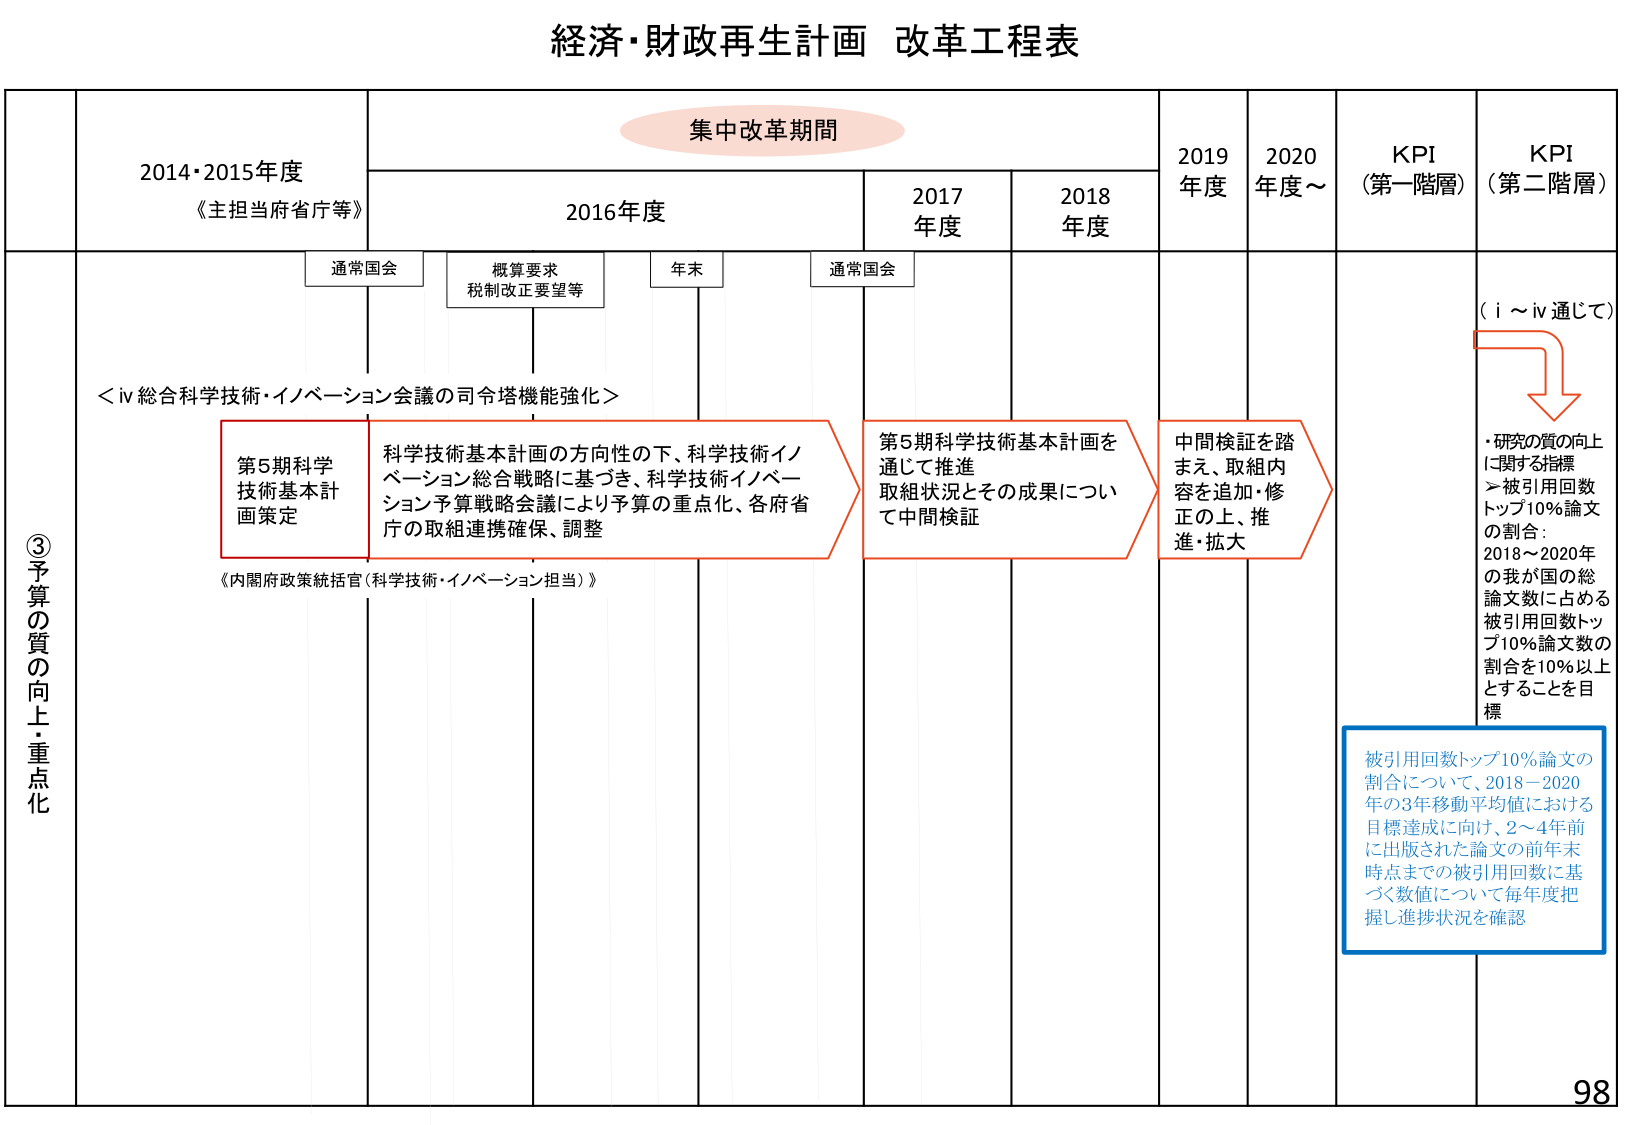
経済・財政再生計画 改革工程表

集中改革期間

2014・2015年度
《主担当府省庁等》

2016年度

2017年度

2018年度

2019年度

2020年度～

KPI
（第一階層）

KPI
（第二階層）

通常国会

概算要求
税制改正要望等

年末

通常国会

③予算の質の向上・重点化

＜iv 総合科学技術・イノベーション会議の司令塔機能強化＞

第5期科学
技術基本計
画策定

科学技術基本計画の方向性の下、科学技術イノ
ベーション総合戦略に基づき、科学技術イノベー
ション予算戦略会議により予算の重点化、各府省
庁の取組連携確保、調整

第5期科学技術基本計画を
通じて推進
取組状況とその成果につい
て中間検証

中間検証を踏
まえ、取組内
容を追加・修
正の上、推
進・拡大

（i～iv通じて）

・研究の質の向上
に関する指標
＞被引用回数
トップ10%論文
の割合：
2018～2020年
の我が国の総
論文数に占める
被引用回数トッ
プ10%論文数の
割合を10%以上
とすることを目標

《内閣府政策統括官（科学技術・イノベーション担当）》

被引用回数トップ10%論文の
割合について、2018－2020
年の3年移動平均値における
目標達成に向け、2～4年前
に出版された論文の前年末
時点までの被引用回数に基
づく数値について毎年度把
握し進捗状況を確認

98